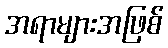
အရာများအဖြစ်